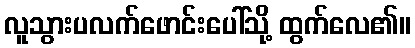
လူသွားပလက်ဖောင်းပေါ်သို့ ထွက်လေ၏။